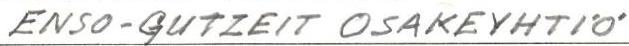
ENSO-GUTZEIT OSAKEYHTIÖ